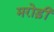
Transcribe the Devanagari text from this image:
मरोड़ी